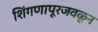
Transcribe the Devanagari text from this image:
शिंगणापूरजवळून